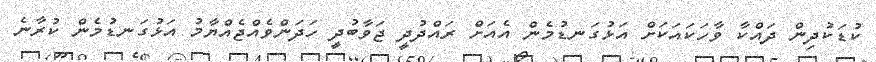
ކުޑަކުދިން ދައްކާ ވާހަކައަކަށް އަޅުގަނޑުމެން އެއަށް ރައްދުދީ ޖަވާބުދީ ހަދަންވެއްޖެއްޔާމު އަޅުގަނޑުމެން ކުރާނެ